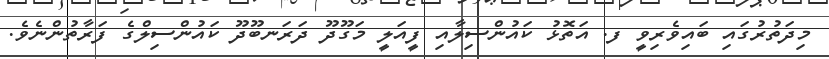
މިދަތުރުގައި ބައިވެރިވީ ފ. އަތޮޅު ކައުންސިލާއި ފީއަލީ މަގޫދޫ ދަރަނބޫދޫ ކައުންސިލްގެ ފަރާތުންނެވެ.